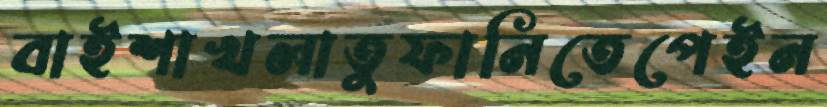
বাইশাখলাতুফানিতেপেইন